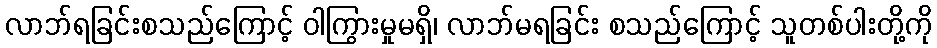
လာဘ်ရခြင်းစသည်ကြောင့် ဝါကြွားမှုမရှိ၊ လာဘ်မရခြင်း စသည်ကြောင့် သူတစ်ပါးတို့ကို